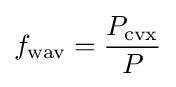
f_{\text{wav}}={\frac {P_{\text{cvx}}}{P}}